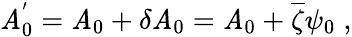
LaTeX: \mathit{A}_{0}^{'}=\mathit{A}_{0}+\delta\mathit{A}_{0}=\mathit{A}_{0}+\overline{{{{\zeta}}}}\psi_{0}\; ,